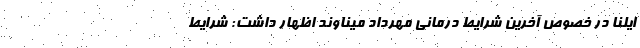
ایلنا در خصوص آخرین شرایط درمانی مهرداد میناوند اظهار داشت: شرایط